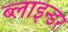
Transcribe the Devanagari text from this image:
ब्लाइन्डर